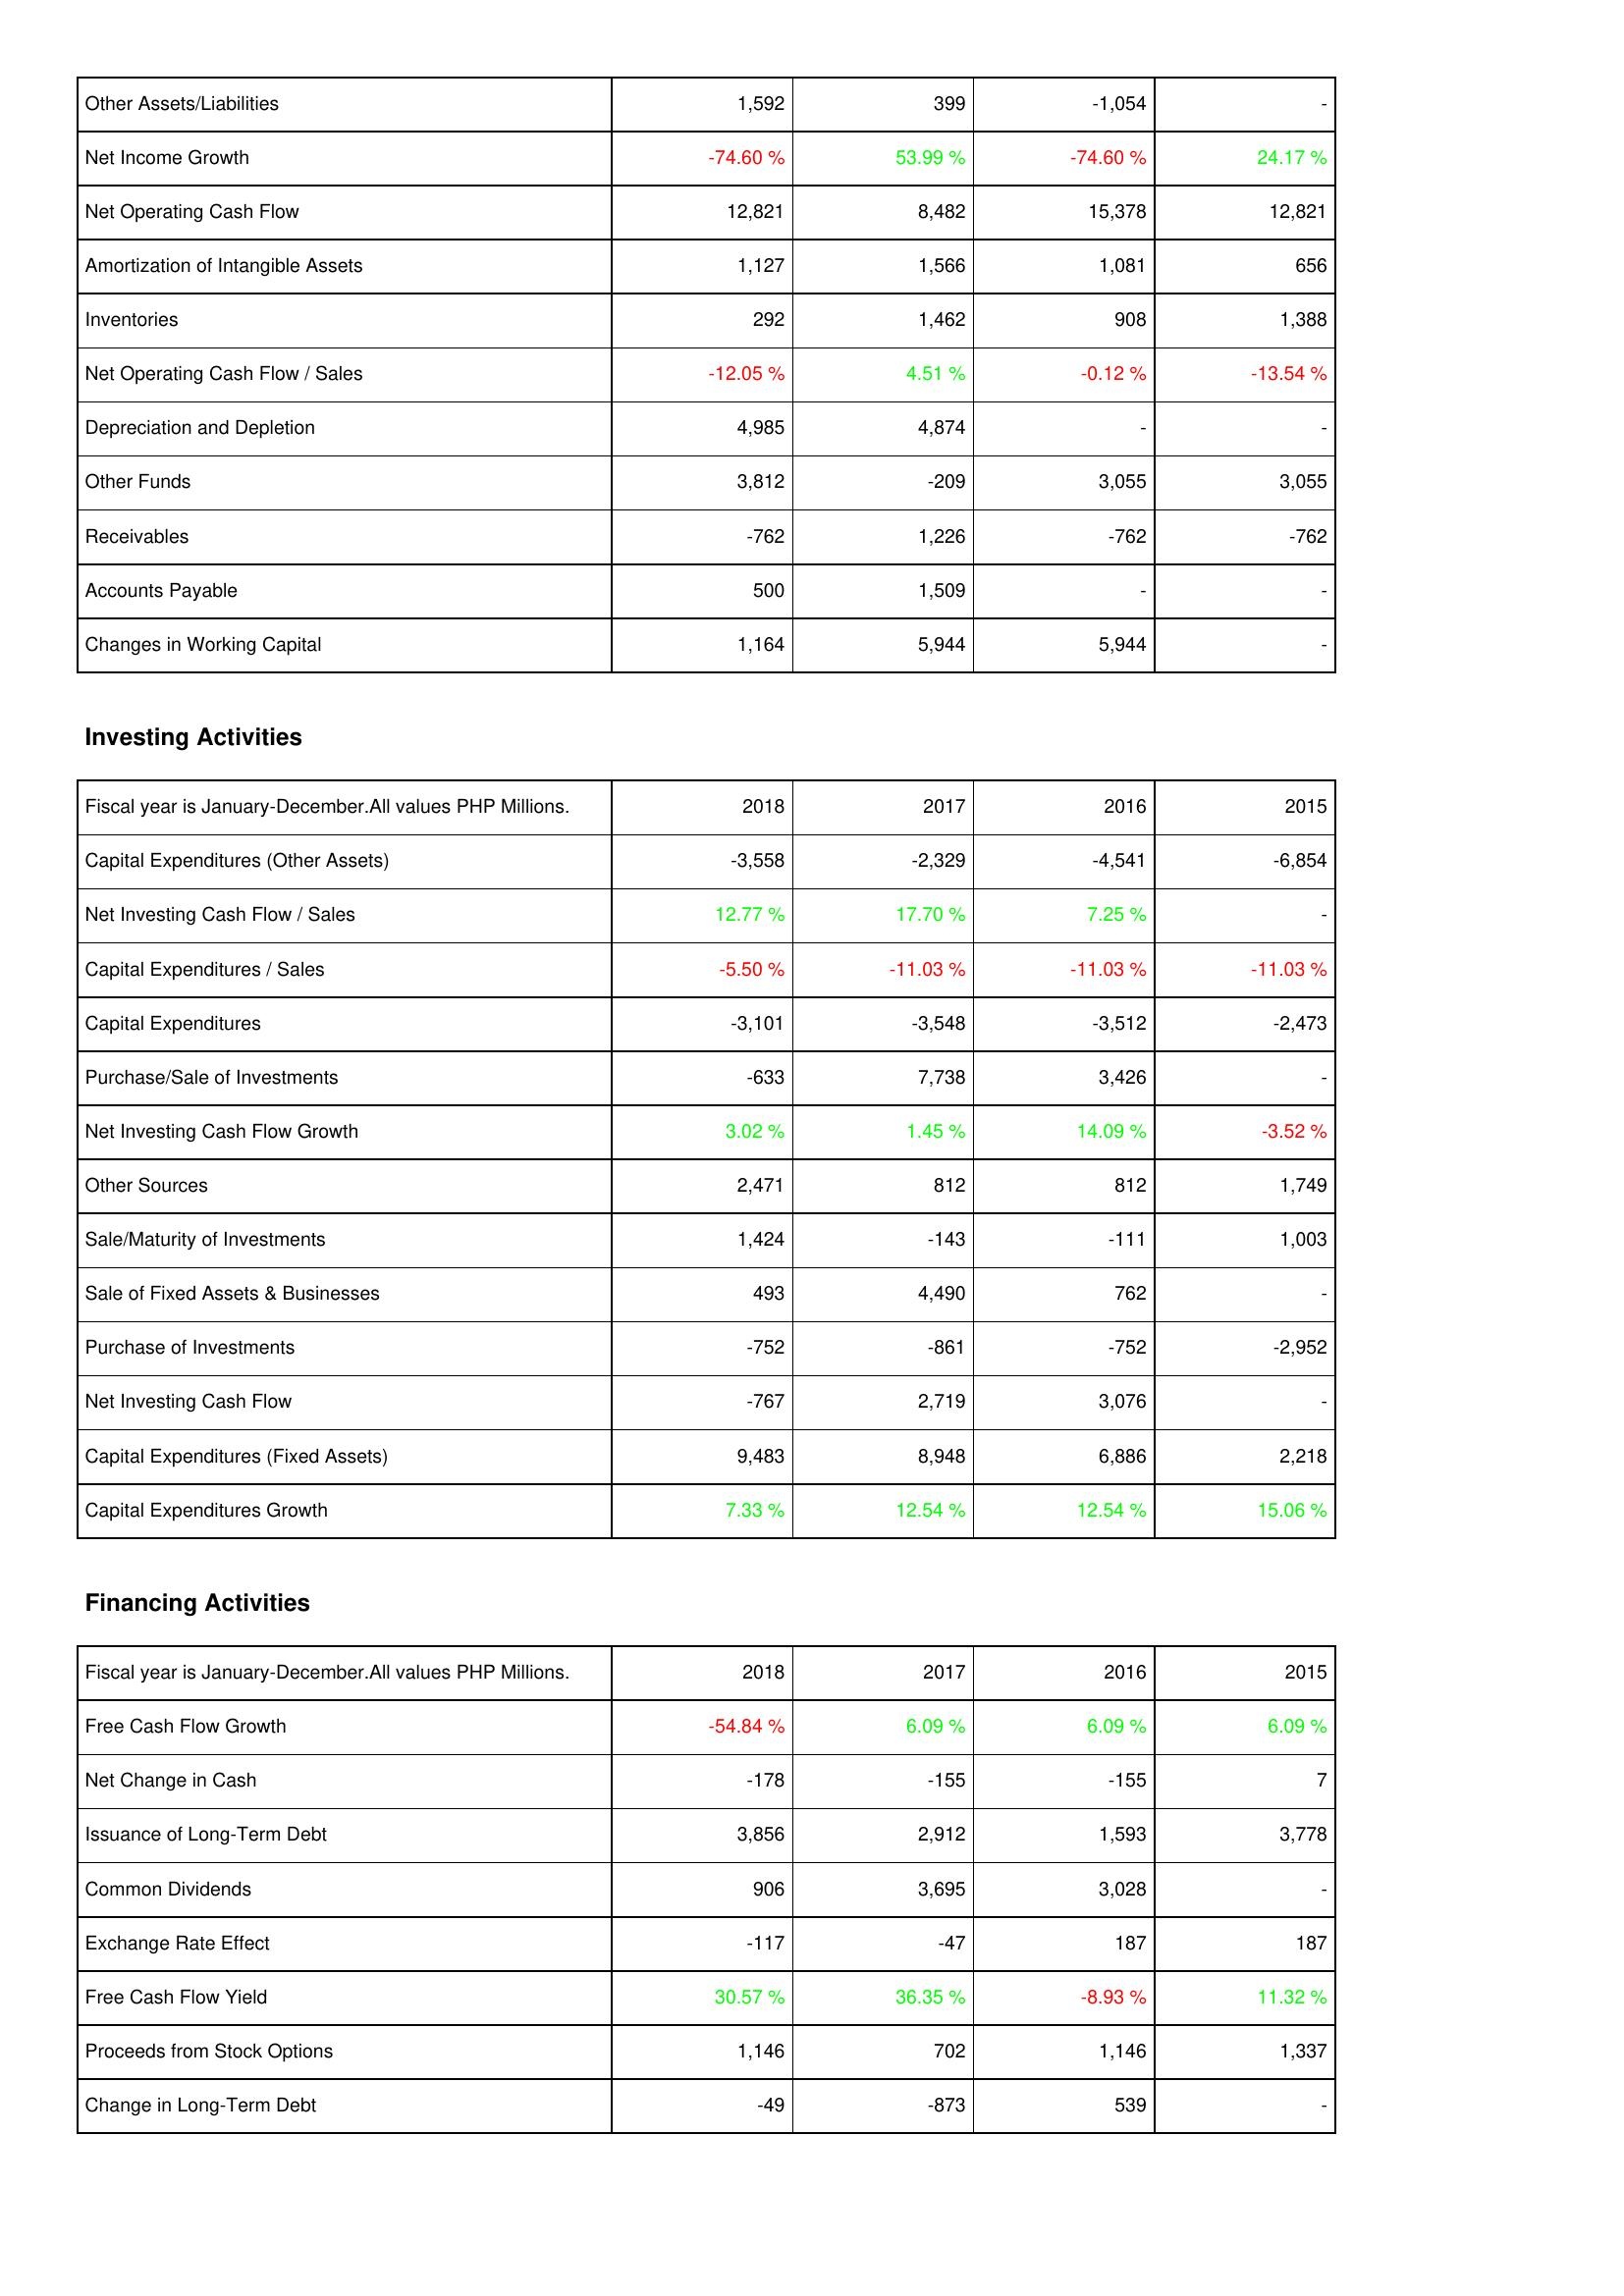
2018: Operating Activities: Other Assets/Liabilities: 1,592
Net Income Growth: -74.60 %
Net Operating Cash Flow: 12,821
Amortization of Intangible Assets: 1,127
Inventories: 292
Net Operating Cash Flow / Sales: -12.05 %
Depreciation and Depletion: 4,985
Other Funds: 3,812
Receivables: -762
Accounts Payable: 500
Changes in Working Capital: 1,164
Investing Activities: Capital Expenditures (Other Assets): -3,558
Net Investing Cash Flow / Sales: 12.77 %
Capital Expenditures / Sales: -5.50 %
Capital Expenditures: -3,101
Purchase/Sale of Investments: -633
Net Investing Cash Flow Growth: 3.02 %
Other Sources: 2,471
Sale/Maturity of Investments: 1,424
Sale of Fixed Assets & Businesses: 493
Purchase of Investments: -752
Net Investing Cash Flow: -767
Capital Expenditures (Fixed Assets): 9,483
Capital Expenditures Growth: 7.33 %
Financing Activities: Free Cash Flow Growth: -54.84 %
Net Change in Cash: -178
Issuance of Long-Term Debt: 3,856
Common Dividends: 906
Exchange Rate Effect: -117
Free Cash Flow Yield: 30.57 %
Proceeds from Stock Options: 1,146
Change in Long-Term Debt: -49
2017: Operating Activities: Other Assets/Liabilities: 399
Net Income Growth: 53.99 %
Net Operating Cash Flow: 8,482
Amortization of Intangible Assets: 1,566
Inventories: 1,462
Net Operating Cash Flow / Sales: 4.51 %
Depreciation and Depletion: 4,874
Other Funds: -209
Receivables: 1,226
Accounts Payable: 1,509
Changes in Working Capital: 5,944
Investing Activities: Capital Expenditures (Other Assets): -2,329
Net Investing Cash Flow / Sales: 17.70 %
Capital Expenditures / Sales: -11.03 %
Capital Expenditures: -3,548
Purchase/Sale of Investments: 7,738
Net Investing Cash Flow Growth: 1.45 %
Other Sources: 812
Sale/Maturity of Investments: -143
Sale of Fixed Assets & Businesses: 4,490
Purchase of Investments: -861
Net Investing Cash Flow: 2,719
Capital Expenditures (Fixed Assets): 8,948
Capital Expenditures Growth: 12.54 %
Financing Activities: Free Cash Flow Growth: 6.09 %
Net Change in Cash: -155
Issuance of Long-Term Debt: 2,912
Common Dividends: 3,695
Exchange Rate Effect: -47
Free Cash Flow Yield: 36.35 %
Proceeds from Stock Options: 702
Change in Long-Term Debt: -873
2016: Operating Activities: Other Assets/Liabilities: -1,054
Net Income Growth: -74.60 %
Net Operating Cash Flow: 15,378
Amortization of Intangible Assets: 1,081
Inventories: 908
Net Operating Cash Flow / Sales: -0.12 %
Depreciation and Depletion: -
Other Funds: 3,055
Receivables: -762
Accounts Payable: -
Changes in Working Capital: 5,944
Investing Activities: Capital Expenditures (Other Assets): -4,541
Net Investing Cash Flow / Sales: 7.25 %
Capital Expenditures / Sales: -11.03 %
Capital Expenditures: -3,512
Purchase/Sale of Investments: 3,426
Net Investing Cash Flow Growth: 14.09 %
Other Sources: 812
Sale/Maturity of Investments: -111
Sale of Fixed Assets & Businesses: 762
Purchase of Investments: -752
Net Investing Cash Flow: 3,076
Capital Expenditures (Fixed Assets): 6,886
Capital Expenditures Growth: 12.54 %
Financing Activities: Free Cash Flow Growth: 6.09 %
Net Change in Cash: -155
Issuance of Long-Term Debt: 1,593
Common Dividends: 3,028
Exchange Rate Effect: 187
Free Cash Flow Yield: -8.93 %
Proceeds from Stock Options: 1,146
Change in Long-Term Debt: 539
2015: Operating Activities: Other Assets/Liabilities: -
Net Income Growth: 24.17 %
Net Operating Cash Flow: 12,821
Amortization of Intangible Assets: 656
Inventories: 1,388
Net Operating Cash Flow / Sales: -13.54 %
Depreciation and Depletion: -
Other Funds: 3,055
Receivables: -762
Accounts Payable: -
Changes in Working Capital: -
Investing Activities: Capital Expenditures (Other Assets): -6,854
Net Investing Cash Flow / Sales: -
Capital Expenditures / Sales: -11.03 %
Capital Expenditures: -2,473
Purchase/Sale of Investments: -
Net Investing Cash Flow Growth: -3.52 %
Other Sources: 1,749
Sale/Maturity of Investments: 1,003
Sale of Fixed Assets & Businesses: -
Purchase of Investments: -2,952
Net Investing Cash Flow: -
Capital Expenditures (Fixed Assets): 2,218
Capital Expenditures Growth: 15.06 %
Financing Activities: Free Cash Flow Growth: 6.09 %
Net Change in Cash: 7
Issuance of Long-Term Debt: 3,778
Common Dividends: -
Exchange Rate Effect: 187
Free Cash Flow Yield: 11.32 %
Proceeds from Stock Options: 1,337
Change in Long-Term Debt: -